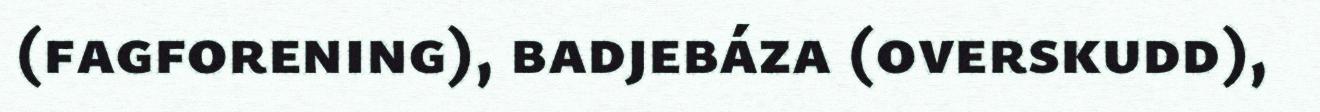
(fagforening), badjebáza (overskudd),